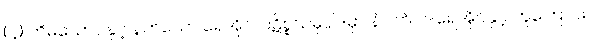
(၄) တိမ်ယောင်နှင့် နက်သော ရေအိုင်၊ ပဋိစ္စသမုပ္ပါဒ်မှာ နံပါတ် ၁-ရေအိုင်နှင့် တူကြောင်း။